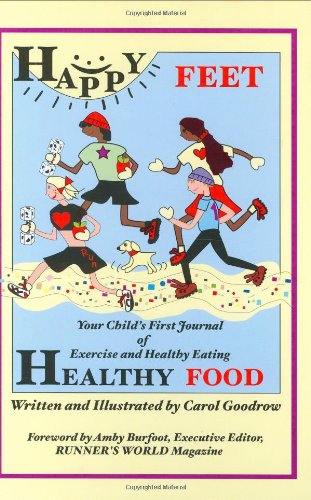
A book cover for Happy Feet, Healthy Food: Your Child's First Journal of Exercise and Healthy Eating; Carol Goodrow; Health, Fitness & Dieting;